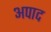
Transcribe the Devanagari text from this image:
अपाद